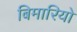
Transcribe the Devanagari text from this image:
बिमारियो